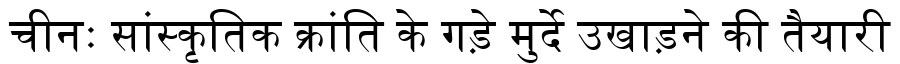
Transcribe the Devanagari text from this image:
चीनः सांस्कृतिक क्रांति के गड़े मुर्दे उखाड़ने की तैयारी